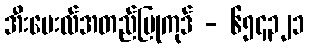
အီးမေးလ်အတည်ပြုကုဒ် - ၆၅၄၃၂၁